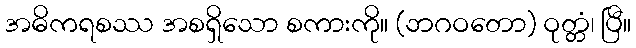
အဓိကရစဿ အစရှိသော စကားကို။ (ဘဂဝတော) ဝုတ္တံ၊ ပြီ။